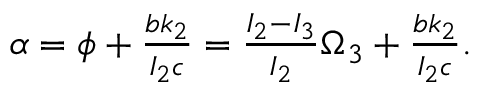
\begin{array} { r } { \alpha = \phi + \frac { b k _ { 2 } } { I _ { 2 } c } = \frac { I _ { 2 } - I _ { 3 } } { I _ { 2 } } \Omega _ { 3 } + \frac { b k _ { 2 } } { I _ { 2 } c } . } \end{array}